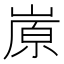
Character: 㟶